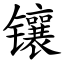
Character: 镶